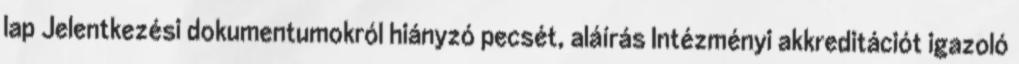
lap Jelentkezési dokumentumokról hiányzó pecsét, aláírás Intézményi akkreditációt igazoló